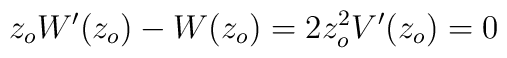
z_o W'(z_o) - W(z_o) = 2 z_o^2 V'(z_o) = 0